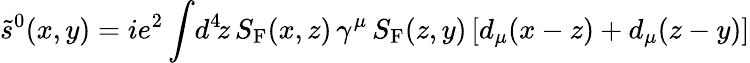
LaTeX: \tilde{s}^{0}(x,y)=ie^{2}\int\! d^{4}\! z\, S_{\mathrm{F}}(x,z)\, \gamma^{\mu}\, S_{\mathrm{F}}(z,y)\, [d_{\mu}(x-z)+d_{\mu}(z-y)]